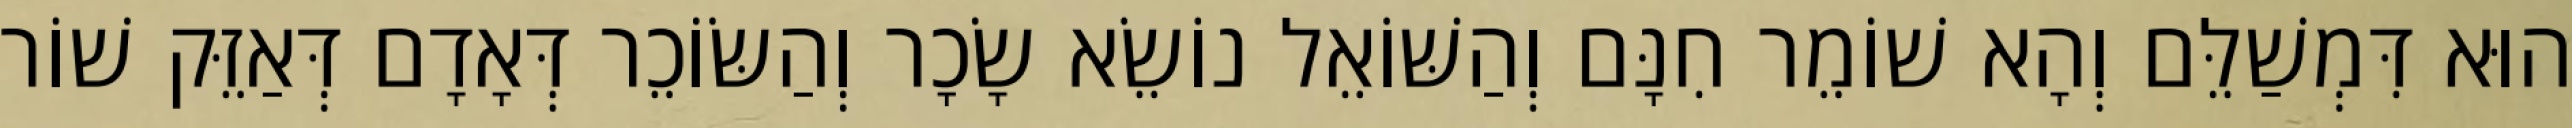
הוּא דִּמְשַׁלֵּם וְהָא שׁוֹמֵר חִנָּם וְהַשּׁוֹאֵל נוֹשֵׂא שָׂכָר וְהַשּׂוֹכֵר דְּאָדָם דְּאַזֵּק שׁוֹר